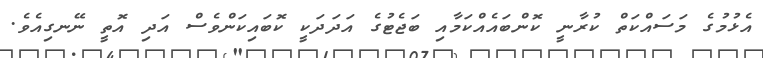
އެޅުމުގެ މަސައްކަތް ކުރާނީ ކޮންބައެއްކަމާއި ބަޖެޓުގެ އަދަދަކީ ކޮބައިކަންވެސް އަދި އޮތީ ނޭނގިއެވެ.